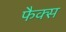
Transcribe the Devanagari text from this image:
फैक्‍स